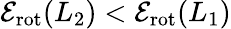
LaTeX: \mathcal{E}_{\mathrm{{rot}}}(L_{2})<\mathcal{E}_{\mathrm{{rot}}}(L_{1})